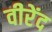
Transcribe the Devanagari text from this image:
वीरेंद